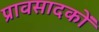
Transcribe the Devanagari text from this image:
प्रावसादकों